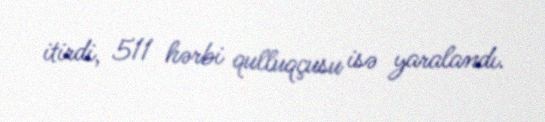
itirdi, 511 hərbi qulluqçusu isə yaralandı.